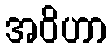
အဝိဟာ